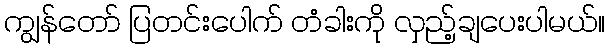
ကျွန်တော် ပြတင်းပေါက် တံခါးကို လှည့်ချပေးပါမယ်။